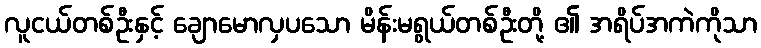
လူငယ်တစ်ဦးနှင့် ချောမောလှပသော မိန်းမရွယ်တစ်ဦးတို့ ၏ အရိပ်အကဲကိုသာ